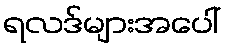
ရလဒ်များအပေါ်